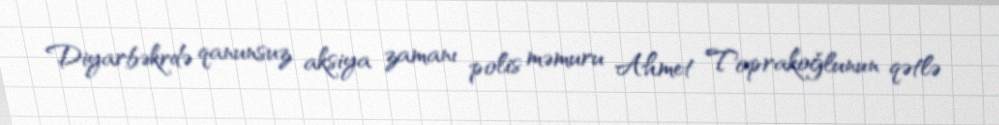
Diyarbəkrdə qanunsuz aksiya zamanı polis məmuru Ahmet Toprakoğlunun qətlə